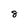
Character: 8